Vaccination in Bombay 1889-1901 - 1889-1901
Year: 1889
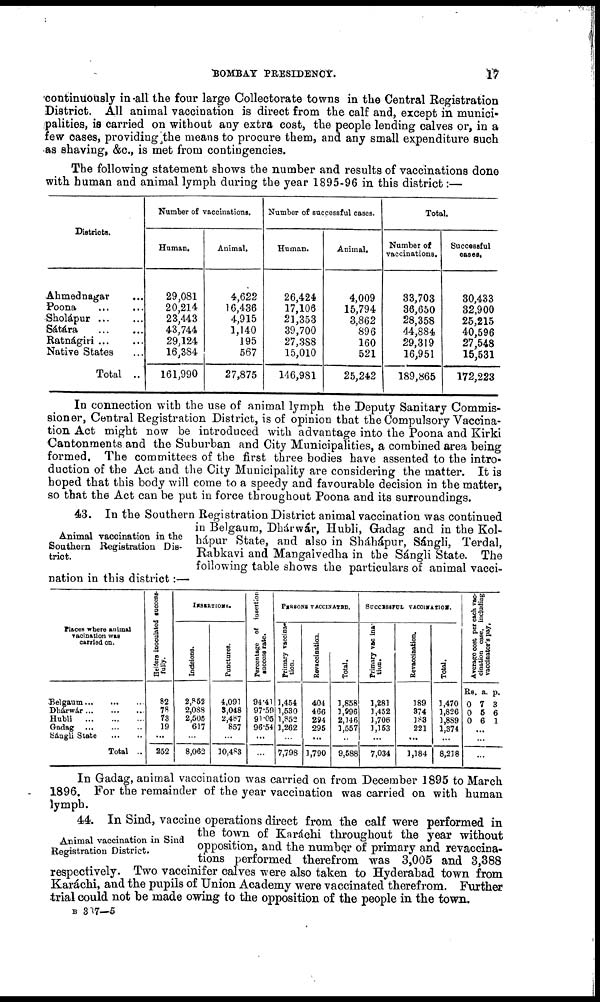
BOMBAY PRESIDENCY.
17
continuously in all the four large Collectorate towns in the Central Registration
District. All animal vaccination is direct from the calf and, except in munici-
palities, is carried on without any extra cost, the people lending calves or, in a
few cases, providing the means to procure them, and any small expenditure such
as shaving, &c., is met from contingencies.
The following statement shows the number and results of vaccinations done
with human and animal lymph during the year 1895-96 in this district:—
Districts.
Ahmednagar ...
Poona ... ...
Sholápur ... ...
Sátára ... ...
Ratnágiri ... ...
Native States ...
Total ..
Number of vaccinations.
Human.
29,081
20,214
23,443
43,744
29,124
16,384
161,990
Animal.
4,622
16,436
4,915
1,140
195
567
27,875
Number of successful cases.
Human.
26,424
17,106
21,353
39,700
27,388
15,010
146,981
Animal.
4,009
15,794
3,862
896
160
521
25,242
Total.
Number of
vaccinations.
33,703
36,650
28,358
44,884
29,319
16,951
189,865
Successful
cases.
30,433
32,900
25,215
40,596
27,548
15,531
172,223
In connection with the use of animal lymph the Deputy Sanitary Commis-
sioner, Central Registration District, is of opinion that the Compulsory Vaccina-
tion Act might now be introduced with advantage into the Poona and Kirki
Cantonments and the Suburban and City Municipalities, a combined area being
formed. The committees of the first three bodies have assented to the intro-
duction of the Act and the City Municipality are considering the matter. It is
hoped that this body will come to a speedy and favourable decision in the matter,
so that the Act can be put in force throughout Poona and its surroundings.
Animal vaccination in the
Southern Registration Dis-
trict.
43. In the Southern Registration District animal vaccination was continued
in Belgaum, Dhárwár, Hubli, Gadag and in the Kol-
hápur State, and also in Sháhápur, Sángli, Terdal,
Rabkavi and Mangalvedha in the Sángli State. The
following table shows the particulars of animal vacci-
nation in this district:—
Places where animal
vacination was
carried on.
Belgaum ... ... ...
Dhárwár ... ... ...
Hubli
...
...
...
Gadag
...
...
...
Sángli State
...
..
Total ..
Heifers inoculated success-
fully.
82
78 73
19
...
252
INSERTIONS.
Incisions.
2,852
2,088
2,505
617
...
8,062
Punctures.
4,091
3,048
2,487
857
...
10,483
Percentage of insertion
succese rate.
94.41
97.59
91.05
96.54
...
...
PERSONS VACCINATED.
Primary vaccina-
tion.
1,454
1,530
1,852
1,262
...
7,798
Revaccination.
404
466
294
295
...
1,790
Total.
1,858
1,996
2,146
1,557
...
9,588
SUCCESSFUL VACCINATION.
Primary vacina-
tion.
1,281
1,452
1,706
1,153
...
7,034
Revaccination.
189
374
183
221
...
1,184
Total.
1,470
1,826
1,889
1,374
...
8,218
Aver
cinati
vacci
Rs.
0
0
0
a.
7
5
6
p.
3
6
1
...
...
...
In Gadag, animal vaccination was carried on from December 1895 to March
1896. For the remainder of the year vaccination was carried on with human
lymph.
Animal vaccination in Sind
Registration District.
44. In Sind, vaccine operations direct from the calf were performed in
the town of Karáchi throughout the year without
opposition, and the number of primary and revaccina-
tions performed therefrom was 3,005 and 3,388
respectively. Two vaccinifer calves were also taken to Hyderabad town from
Karáchi, and the pupils of Union Academy were vaccinated therefrom. Further
trial could not be made owing to the opposition of the people in the town.
B 307—5